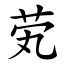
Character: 䒯